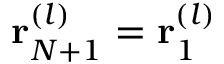
{ \bf r } _ { N + 1 } ^ { ( l ) } = { \bf r } _ { 1 } ^ { ( l ) }